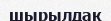
шырылдақ